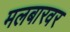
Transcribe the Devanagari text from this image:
मलबारवर